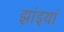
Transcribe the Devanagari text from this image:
झांइयां